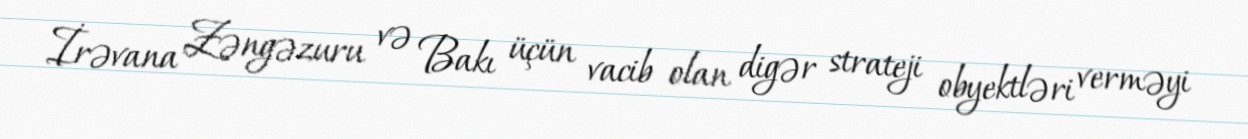
İrəvana Zəngəzuru və Bakı üçün vacib olan digər strateji obyektləri verməyi